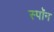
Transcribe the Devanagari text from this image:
स्पॉन